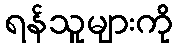
ရန်သူများကို